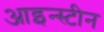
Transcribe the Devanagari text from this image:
आइन्‍स्‍टीन